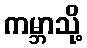
ကမ္ဘာသို့